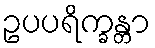
ဥပပရိက္ခန္တာ